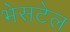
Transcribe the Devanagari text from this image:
भेसटेल